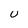
Character: U